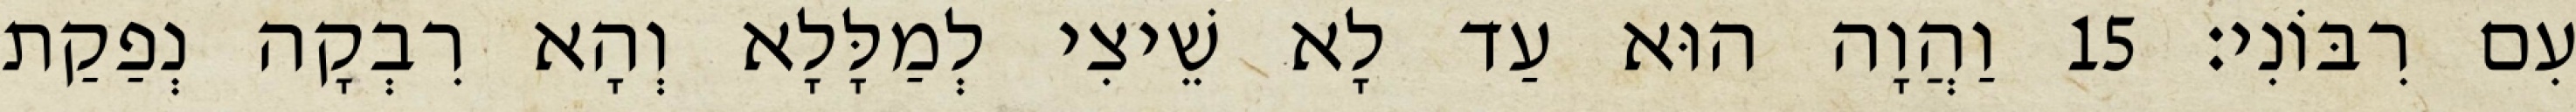
עִם רִבּוֹנִי׃ 15 וַהֲוָה הוּא עַד לָא שֵׁיצִי לְמַלָּלָא וְהָא רִבְקָה נְפַקַת